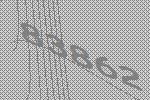
83862